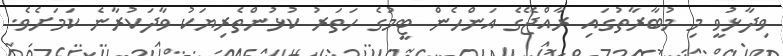
ވިދާޅުވީ މި މުބާރާތުގައި ރާއްޖޭގެ އަންހެން ޓީމުގެ ހަތަރު ކުޅުންތެރިޔަކު ވާދަކުރާނެ ކަމަށެވެ.